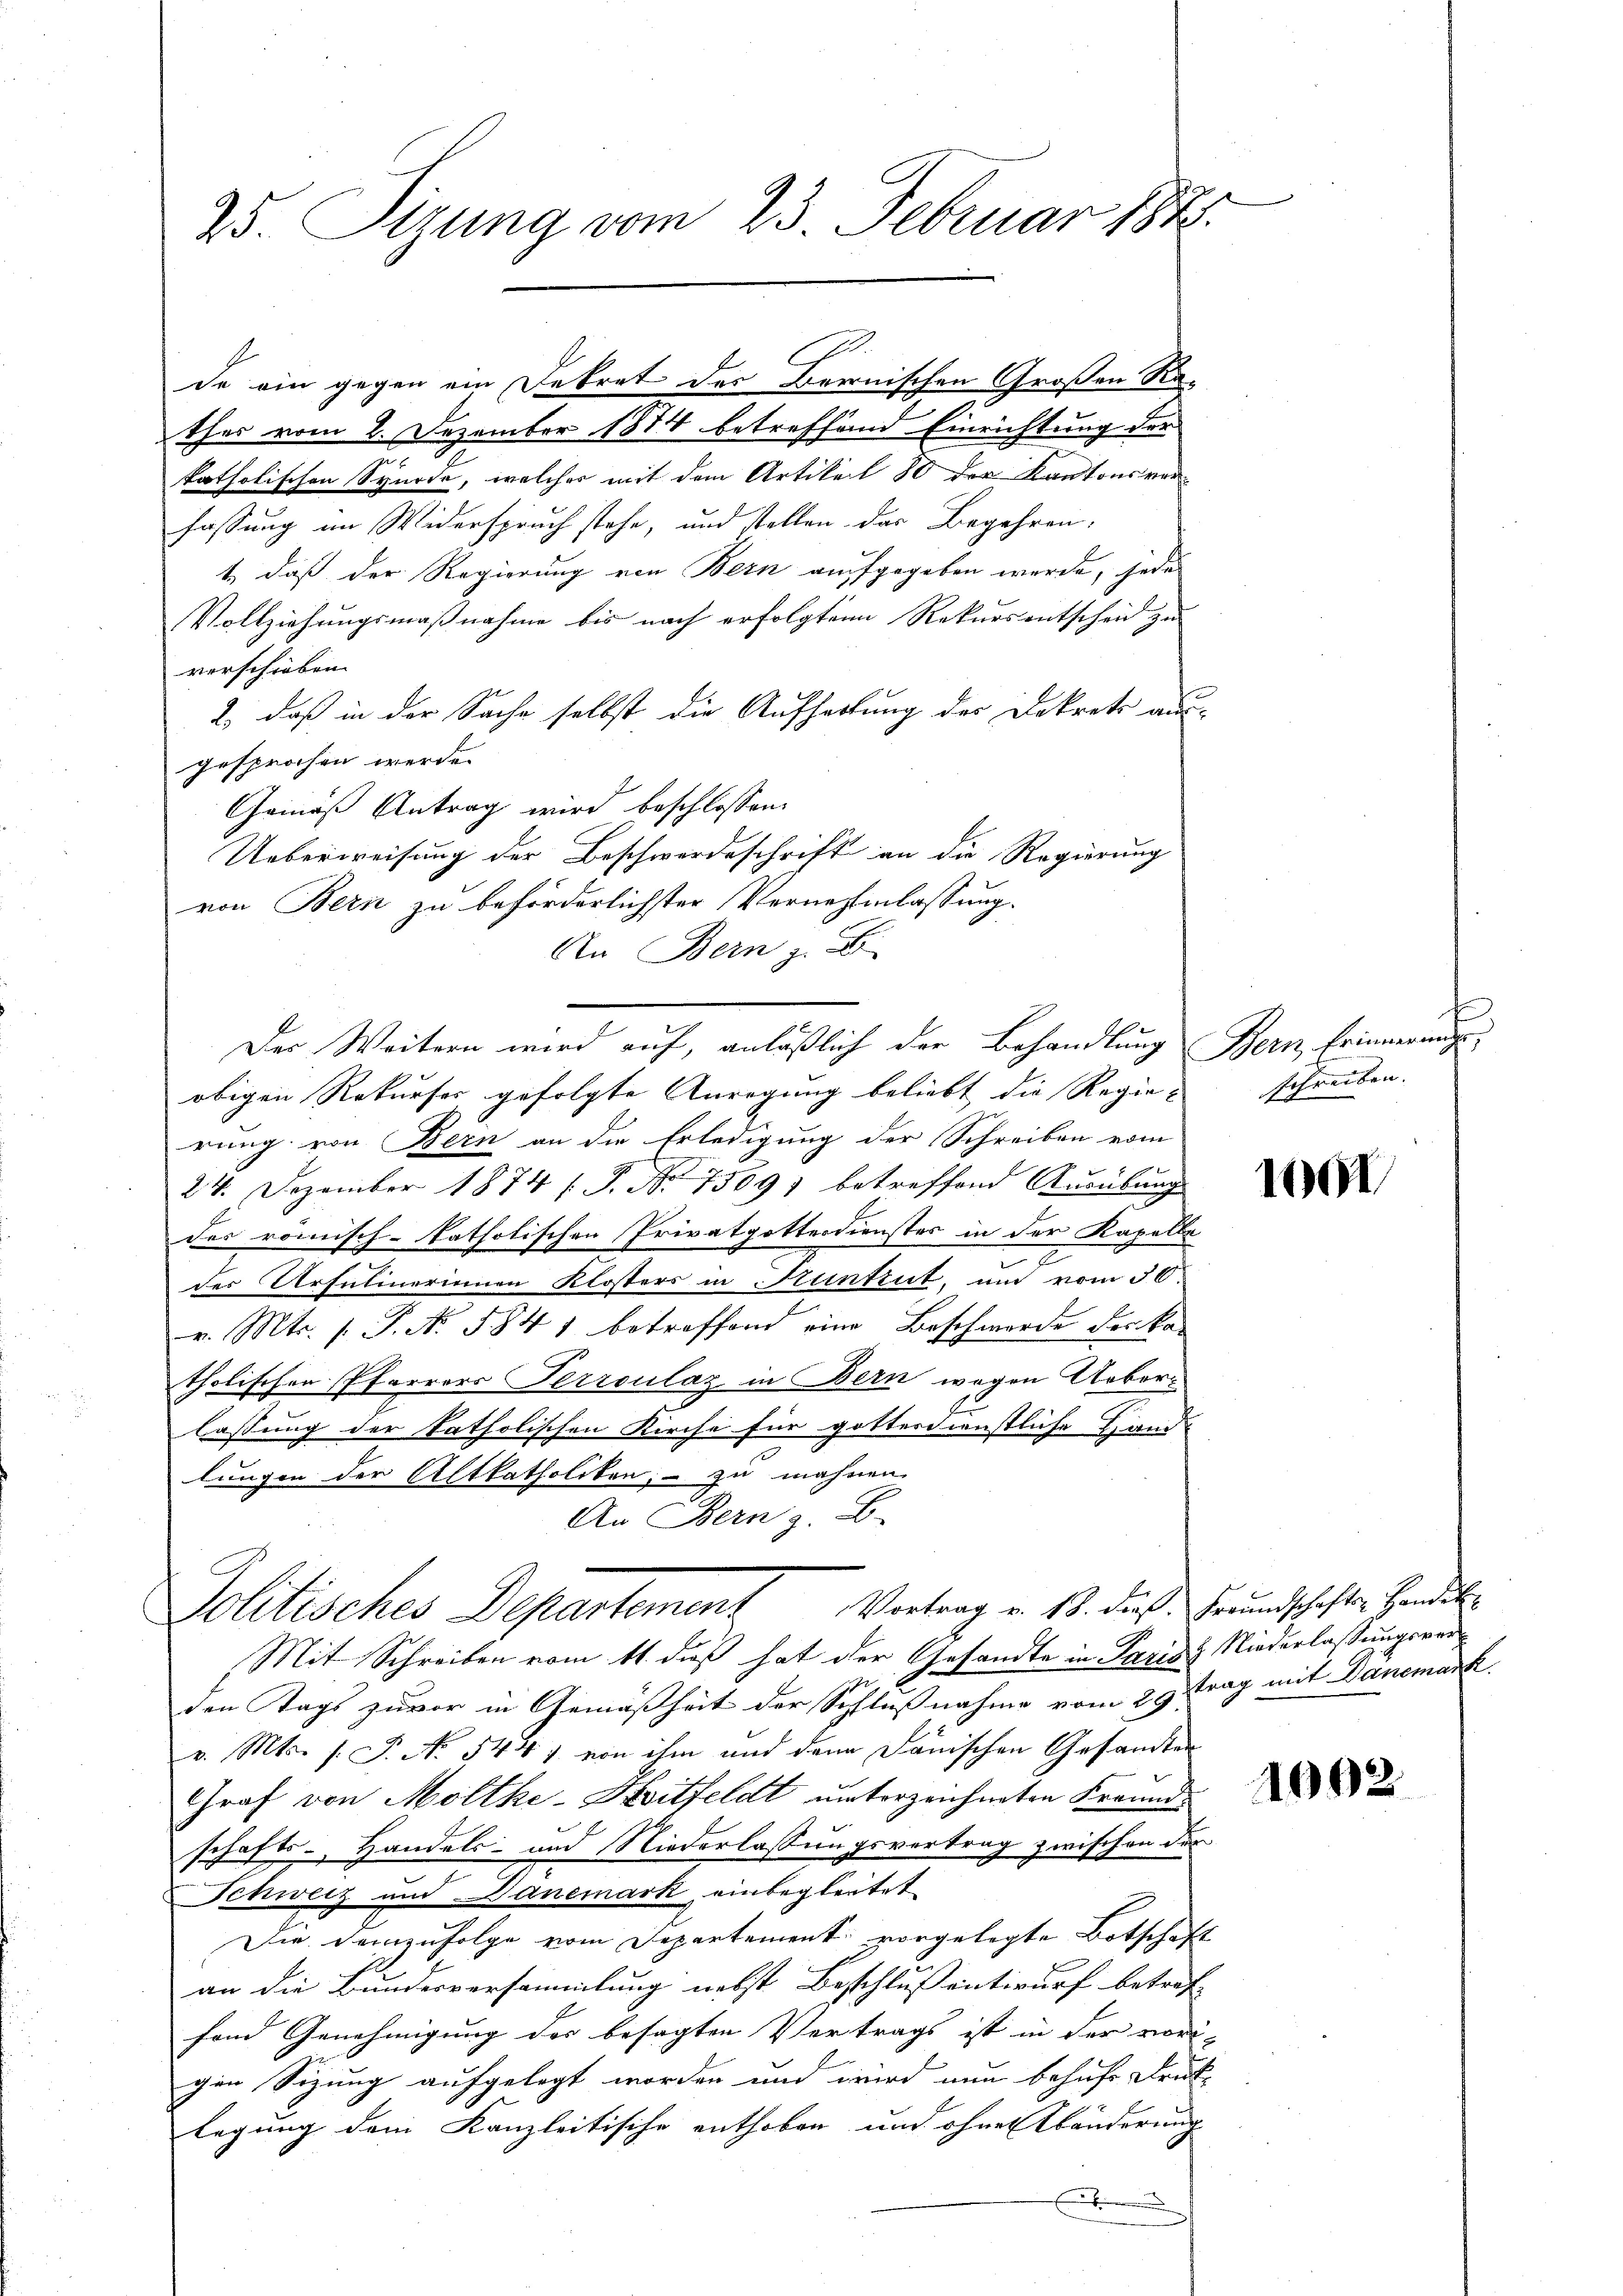
25. Sizung vom 23. Februar 184.

de ein gegen ein Dekret des Bernischen Großen Rathes vom 2. Dezember 1874 betreffend Einrichtung der
katholischen Synode, welcher mit dem Artikel 80 der Kantonsverfassung im Widerspruch stehe, und stellen das Begehren:
t, daß der Regierung von Bern aufgegeben werde, jede
Vollziehungsmaßnahme bis nach erfolgten Rekursentscheid zu
verschieben.
2., daß in der Sache selbst die Aufheilung des Dekrets aus-
gesprochen werde.
Gemäß Antrag wird beschlossen:
Ueberweisung der Beschwerdeschrift an die Regierung
von Bern zu beförderlichster Vernehmlassung.
An Bern z. B.
obigen Rekurses gefolgte Anregung beliebt die Regien schreiben.
rung von Bern an die Erledigung der Schreiben vom
24. Dezember 1874 / P. Nr. 7509) betreffend Ausübung
des römisch-katholischen Privatpottesdienster in der Kapelle
des Ursulinerinnen Klosters in Kuntrut, um vom 30.
v. Mts. 1. P. No. 584 1 betreffend eine Beschwerde der kan
tholischen Pfarrers Terroulaz in Bern wegen Ueberlassung der katholischen Kirche für gottesdienstliche Hand
lungen der Altkatholiken, – zu mahnen
An Bern z. B.
Politisches Departement Vortrag v. 13. die Grundschaftes Handel
Mit Schreiben vom 11. daß hat der Gesandte in Paris Niederlaßungsverden Tags zuvor in Gemäßheit der Schlußnahme vom 29 trag mit Danemark
v. Mts. s. S. No 5447 von ihm und dann danischen Gesandten
Graf von Mölthe-Koitfeldt unterzeichneten Freundschafts- Handels- und Niederlassungsvertrag zwischen der
Schweiz und Danemark einbegleitet
Die demzufolge vom Departement vorgelegte Botschaft
an die Bundesversammlung nebst Beschluß entwurf betref-
fond Genehmigung der besagten Vertrags ist in der vorigen Sizung aufgelegt worden und wird nun behufe Druck-
legung dem Kanzleitische enthoben und ohne Khänderung
.

Der Weitern wird auf, anläßlich der Behandlung Bern, Erinnerungs¬

100

1092.